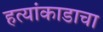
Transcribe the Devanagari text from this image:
हत्यांकाडाचा